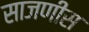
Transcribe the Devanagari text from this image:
साजणीस